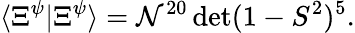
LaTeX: \langle\Xi^{\psi}|\Xi^{\psi}\rangle=\mathcal{N}^{20}\operatorname*{det}(1-S^{2})^{5}.